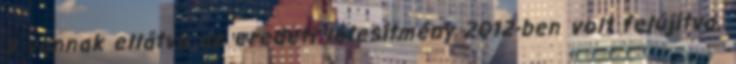
5 vannak ellátva az eredeti létesítmény 2012-ben volt felújítva.